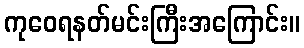
ကုဝေရနတ်မင်းကြီးအကြောင်း။